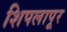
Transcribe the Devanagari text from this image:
शिपलापूर